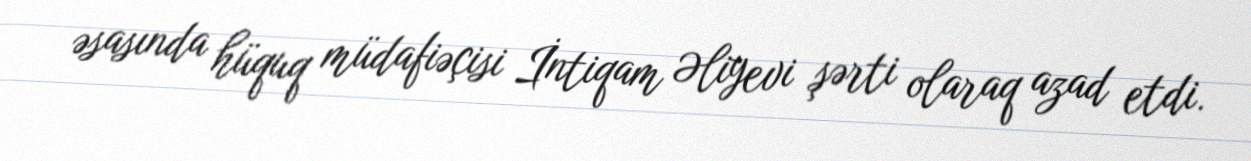
əsasında hüquq müdafiəçisi İntiqam Əliyevi şərti olaraq azad etdi.